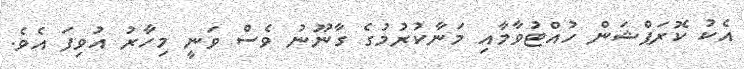
އެކު ކޮރަޕްޝަން ހުއްޓުވާމާއި މަނާކުރުމުގެ ގާނޫނު ވެސް ވަނީ މިހާރު އުވިފަ އެވެ.